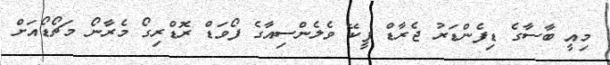
މިއީ ބާސާގެ ޑިފެންޑަރު ޖެރާޑް ޕީކޭ ވެލެންސިއާގެ ފޯވަޑް ރޮޑްރިގޯ މެރާނޯ މަޗޯޑޯއަށް